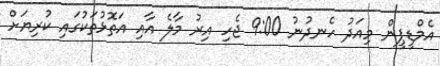
އެމްޑީޕީން މިއަދު ހެނދުނު 9:00 ޖެހި އިރު މާލެ އާއި އަތޮޅުތަކުގައި ކުރިޔަށް